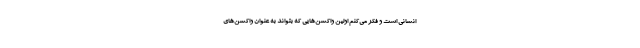
انسانی است و فکر می‌کنم اولین واکسن‌هایی که بتواند به عنوان واکسن‌های